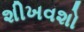
શીખવશો